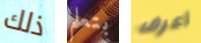
ذلك بتعلم أعرف